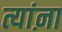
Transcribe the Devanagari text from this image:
त्यांऩा